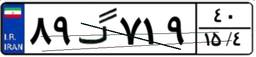
۸۹گ۷۱۹۴۰